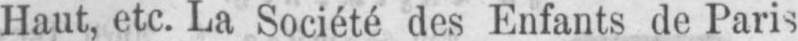
Haut, etc. La Société des Enfants de Paris